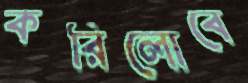
করিলোবে